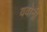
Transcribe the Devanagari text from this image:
ववोनी